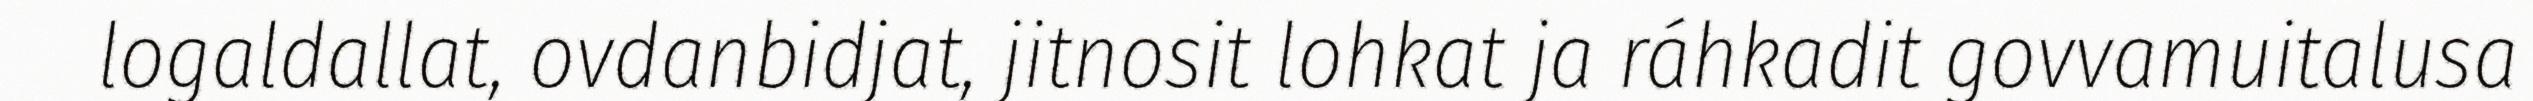
logaldallat, ovdanbidjat, jitnosit lohkat ja ráhkadit govvamuitalusa